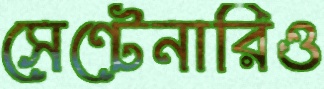
সেন্টেনারিও